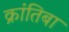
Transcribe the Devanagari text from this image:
क्रांतिबा